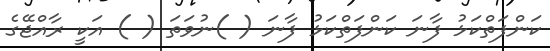
ކަންފަތްކަޅު ފާނަ ކަންފަތްކަޅު ފާނަ ( )ނުވަތަ ( ) އަކީ ރާއްޖޭގެ